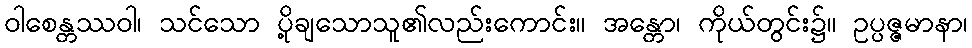
ဝါစေန္တဿဝါ၊ သင်သော ပို့ချသောသူ၏လည်းကောင်း။ အန္တော၊ ကိုယ်တွင်း၌။ ဥပ္ပဇ္ဇမာနာ၊